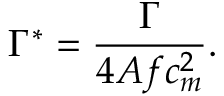
\Gamma ^ { * } = \frac { \Gamma } { 4 A f c _ { m } ^ { 2 } } .